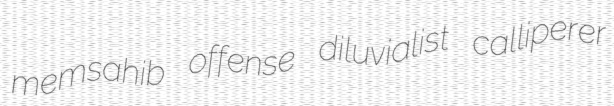
memsahib offense diluvialist calliperer